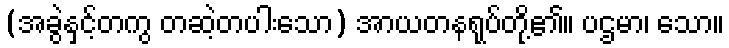
(အခွဲနှင့်တကွ တဆဲ့တပါးသော) အာယတနရုပ်တို့၏။ ပဌမာ၊ သော။